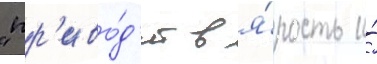
"пр'иво́д'ит в я́рость и́